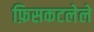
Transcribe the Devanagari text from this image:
फ़िसकटलेले